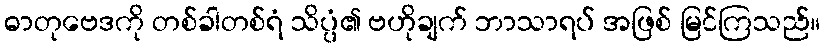
ဓာတုဗေဒကို တစ်ခါတစ်ရံ သိပ္ပံ၏ ဗဟိုချက် ဘာသာရပ် အဖြစ် မြင်ကြသည်။